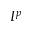
I ^ { p }